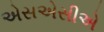
એસએસીએ